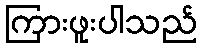
ကြားဖူးပါသည်